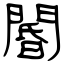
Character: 閽